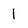
Character: 1